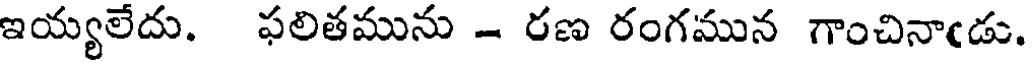
ఇయ్యలేదు. ఫలితమును - రణ రంగమున గాంచినాఁడు.